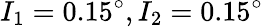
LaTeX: I_{1}=0.15^{\circ},I_{2}=0.15^{\circ}